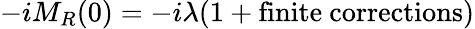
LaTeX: -iM_{R}(0)=-i\lambda(1+\mathrm{finite\ corrections})